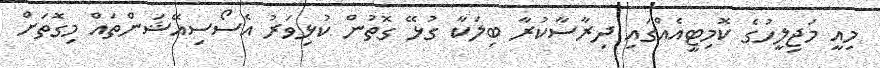
މިއީ މަޖިލީހުގެ ކޮމިޓީއެއްގައި ދިރާސާކުރާ ބިލަކާ ގުޅޭ ގޮތުން ކުޅިވަރު އެސޯސިއޭޝަންތައް މިގޮތަށް